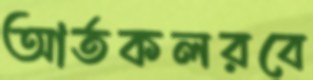
আর্তকলরবে